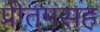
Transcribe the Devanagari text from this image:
प्रीतमसह